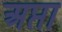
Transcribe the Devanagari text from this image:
अप्ता